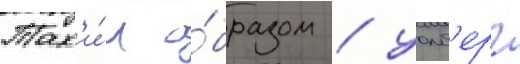
Так'и́м о́бразом / уолб'ерг